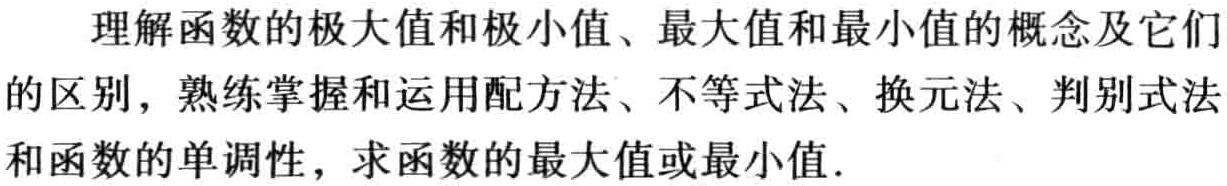
理解函数的极大值和极小值、最大值和最小值的概念及它们的区别，熟练掌握和运用配方法、不等式法、换元法、判别式法和函数的单调性，求函数的最大值或最小值.